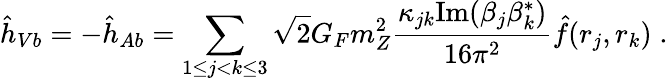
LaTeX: {\hat{h}}_{Vb}=-{\hat{h}}_{Ab}=\sum_{1\le j<k\le 3}\sqrt{2}G_{F}m_{Z}^{2}\frac{\kappa_{jk}\mathrm{Im}(\beta_{j}\beta_{k}^{*})}{16\pi^{2}}{\hat{f}}(r_{j},r_{k})\; .